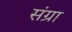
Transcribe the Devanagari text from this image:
संग्रा